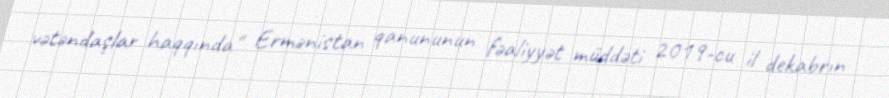
vətəndaşlar haqqında" Ermənistan qanununun fəaliyyət müddəti 2019-cu il dekabrın